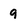
Character: 9